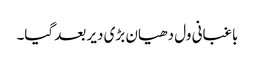
باغبانی ول دھیان بڑی دیر بعد گیا۔